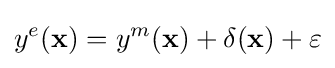
y^{e}(\mathbf {x} )=y^{m}(\mathbf {x} )+\delta (\mathbf {x} )+\varepsilon